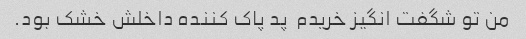
من تو شگفت انگیز خریدم  پد پاک کننده داخلش خشک بود.